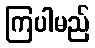
ကြပါမည်